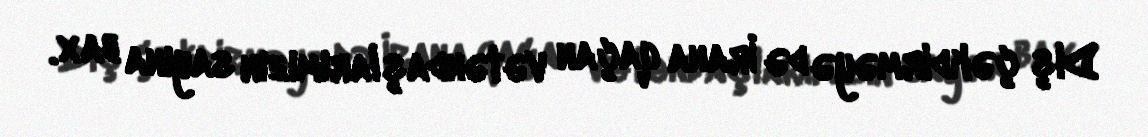
Diş çəkdirməyə də İrana qaçan vətəndaşlarımızın sayına bax.